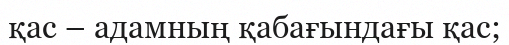
қас – адамның қабағындағы қас;